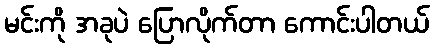
မင်းကို အခုပဲ ပြောလိုက်တာ ကောင်းပါတယ်